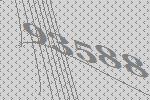
93588